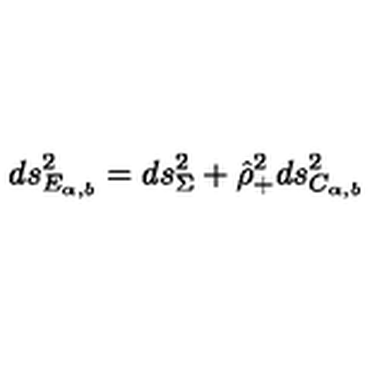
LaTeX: d s _ { E _ { \alpha , b } } ^ { 2 } = d s _ { \Sigma } ^ { 2 } + \hat { \rho } _ { + } ^ { 2 } d s _ { C _ { \alpha , b } } ^ { 2 }